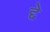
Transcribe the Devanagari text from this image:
द्दे